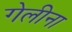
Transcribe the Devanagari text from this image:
गेलीना